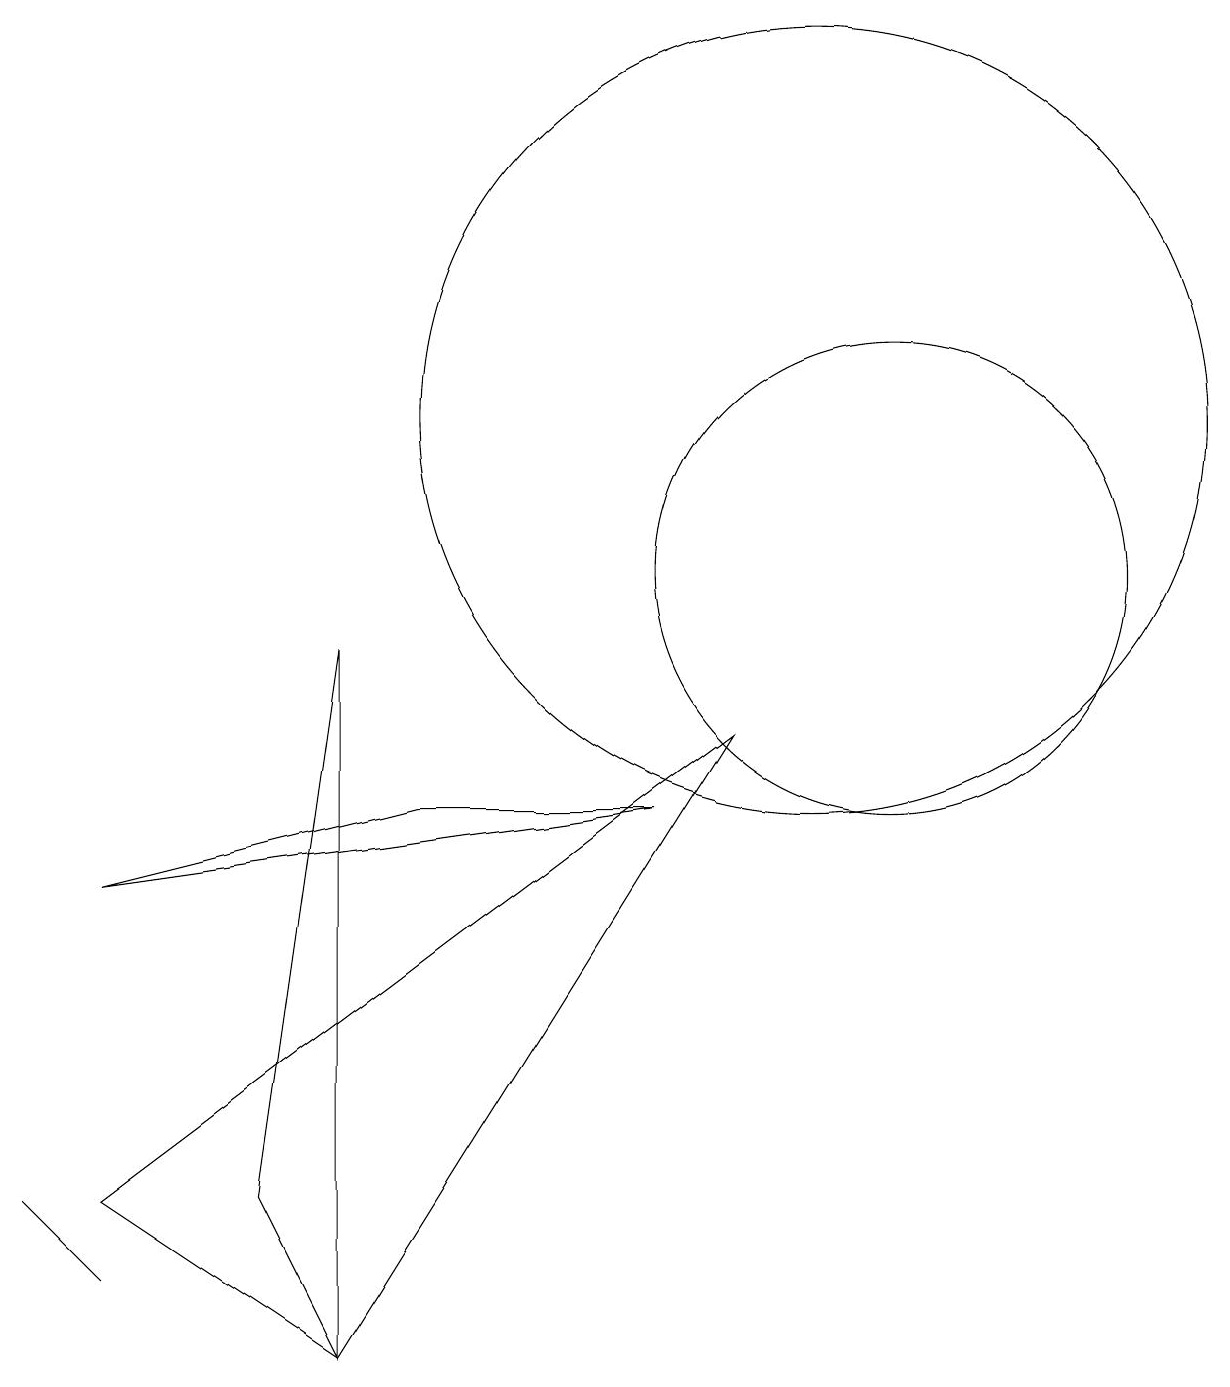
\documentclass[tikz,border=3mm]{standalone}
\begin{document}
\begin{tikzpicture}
\draw (11,10) circle (3);
\draw (4,0) -- (3,2) -- (4,9) -- cycle;
\draw (1,6) -- (8,7) -- (5,7) -- cycle;
\draw (1,1) -- (0,2) -- (1,1) -- cycle;
\draw (9,8) -- (4,0) -- (1,2) -- cycle;
\draw (10,12) circle (5);
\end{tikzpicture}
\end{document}